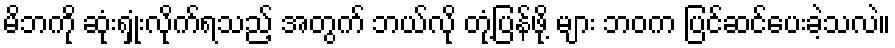
မိဘကို ဆုံးရှုံးလိုက်ရသည့် အတွက် ဘယ်လို တုံ့ပြန်ဖို့ များ ဘဝက ပြင်ဆင်ပေးခဲ့သလဲ။